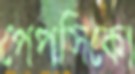
পেপসিকো